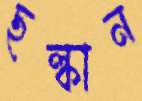
ছল্‌কান